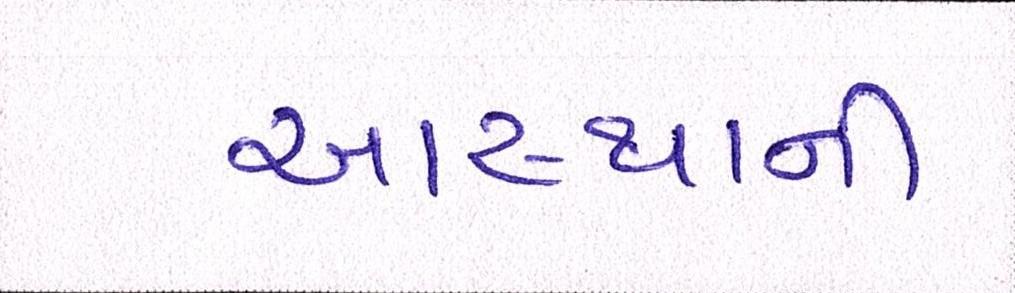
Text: આસ્થાની